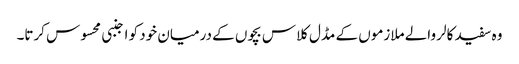
وہ سفید کالر والے ملازموں کے مڈل کلاس بچوں کے درمیان خود کو اجنبی محسوس کرتا۔